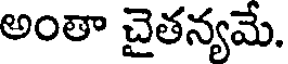
అంతా చైతన్యమే.